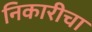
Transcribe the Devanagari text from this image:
निकारीचा